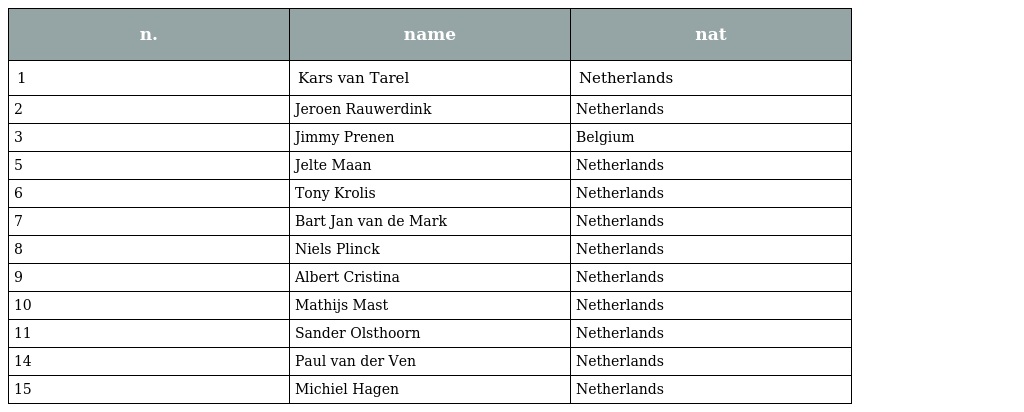
| n. | name | nat |
 | --- | --- | --- |
 | 1 | Kars van Tarel | Netherlands |
 | 2 | Jeroen Rauwerdink | Netherlands |
 | 3 | Jimmy Prenen | Belgium |
 | 5 | Jelte Maan | Netherlands |
 | 6 | Tony Krolis | Netherlands |
 | 7 | Bart Jan van de Mark | Netherlands |
 | 8 | Niels Plinck | Netherlands |
 | 9 | Albert Cristina | Netherlands |
 | 10 | Mathijs Mast | Netherlands |
 | 11 | Sander Olsthoorn | Netherlands |
 | 14 | Paul van der Ven | Netherlands |
 | 15 | Michiel Hagen | Netherlands |